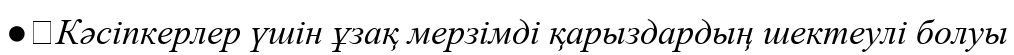
●	Кәсіпкерлер үшін ұзақ мерзімді қарыздардың шектеулі болуы